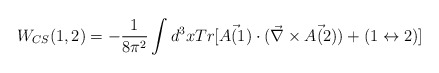
\begin{align*}W_{CS}(1,2)=-\frac{1}{8\pi^2}\int d^3x Tr[\vec{A(1)}\cdot(\vec{\nabla}\times \vec{A(2)})+(1\leftrightarrow 2)]\end{align*}